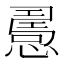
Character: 𢢧